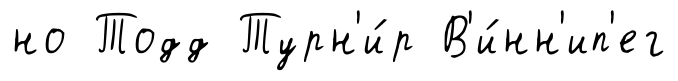
но Тодд Турн'и́р В'и́нн'ип'ег